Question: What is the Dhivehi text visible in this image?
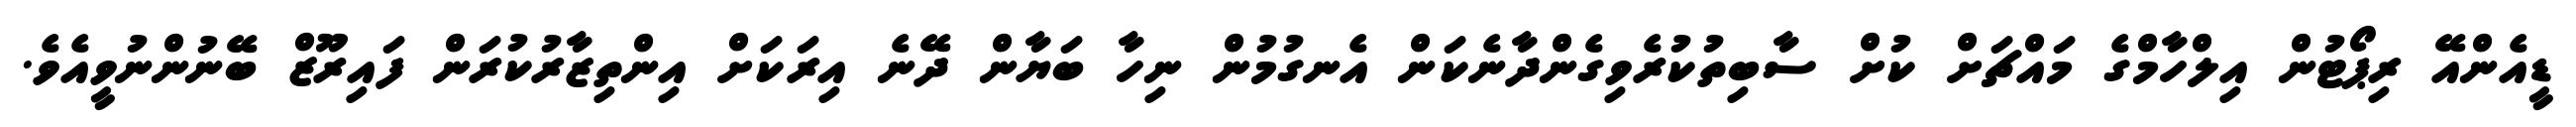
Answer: ޑީއެންއޭ ރިޕޯޓުން އިލްހާމްގެ މައްޗަށް ކުށް ސާބިތުކުރެވިގެންދާނެކަން އެނގުމުން ނިހާ ބަޔާން ދޭނެ އިރަކަށް އިންތިޒާރުކުރަން ފައިރޫޒް ބޭނުންނުވީއެވެ.